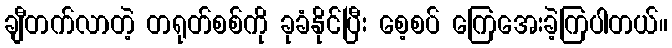
ချီတက်လာတဲ့ တရုတ်စစ်ကို ခုခံနိုင်ပြီး စေ့စပ် ကြေအေးခဲ့ကြပါတယ်။